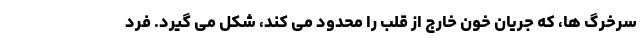
سرخرگ ها، که جریان خون خارج از قلب را محدود می کند، شکل می گیرد. فرد